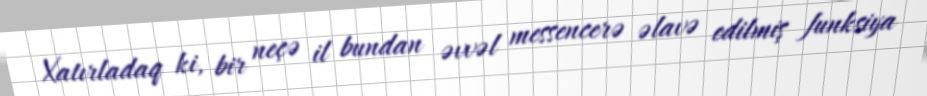
Xatırladaq ki, bir neçə il bundan əvvəl messencerə əlavə edilmiş funksiya